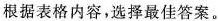
根据表格内容,选择最佳答案。